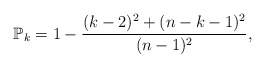
\begin{align*}\mathbb{P}_k=1-\frac{(k-2)^2+(n-k-1)^2}{(n-1)^2},\end{align*}